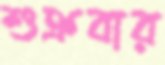
শুক্রবার